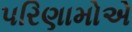
પરિણામોએ